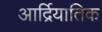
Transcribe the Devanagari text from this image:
आर्द्रियातिक